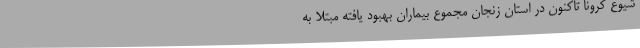
شیوع کرونا تاکنون در استان زنجان مجموع بیماران بهبود یافته مبتلا به